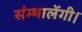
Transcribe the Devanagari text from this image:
संम्भालेंगी।